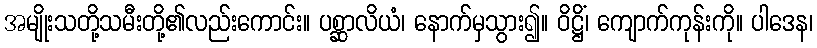
အမျိုးသတို့သမီးတို့၏လည်းကောင်း။ ပစ္ဆာလိယံ၊ နောက်မှသွား၍။ ဝိဋ္ဌိံ၊ ကျောက်ကုန်းကို။ ပါဒေန၊